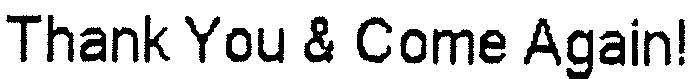
THANK YOU & COME AGAIN!